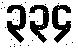
၃၃၄